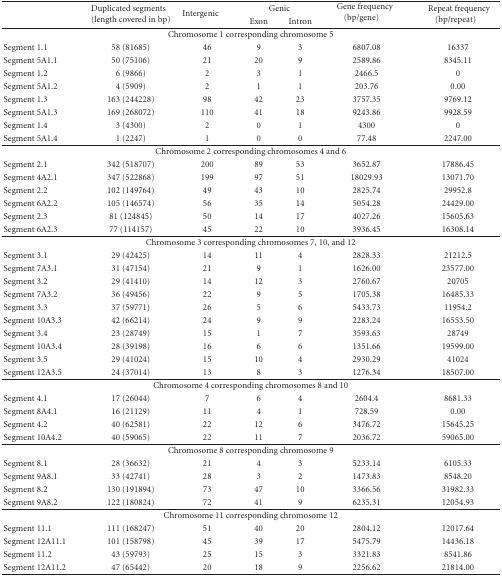
<table><thead><tr><td rowspan="2"><b> </b></td><td rowspan="2"><b>Duplicated segments (length covered in bp)</b></td><td rowspan="2"><b>Intergenic</b></td><td colspan="2"><b>Genic</b></td><td rowspan="2"><b>Gene frequency (bp/gene)</b></td><td rowspan="2"><b>Repeat frequency (bp/repeat)</b></td></tr><tr><td><b>Exon</b></td><td><b>Intron</b></td></tr></thead><tbody><tr><td colspan="7">Chromosome 1 corresponding chromosome 5</td></tr><tr><td>Segment 1.1</td><td>58 (81685)</td><td>46</td><td>9</td><td>3</td><td>6807.08</td><td>16337</td></tr><tr><td>Segment 5A1.1</td><td>50 (75106)</td><td>21</td><td>20</td><td>9</td><td>2589.86</td><td>8345.11</td></tr><tr><td>Segment 1.2</td><td>6 (9866)</td><td>2</td><td>3</td><td>1</td><td>2466.5</td><td>0</td></tr><tr><td>Segment 5A1.2</td><td>4 (5909)</td><td>2</td><td>1</td><td>1</td><td>203.76</td><td>0.00</td></tr><tr><td>Segment 1.3</td><td>163 (244228)</td><td>98</td><td>42</td><td>23</td><td>3757.35</td><td>9769.12</td></tr><tr><td>Segment 5A1.3</td><td>169 (268072)</td><td>110</td><td>41</td><td>18</td><td>9243.86</td><td>9928.59</td></tr><tr><td>Segment 1.4</td><td>3 (4300)</td><td>2</td><td>0</td><td>1</td><td>4300</td><td>0</td></tr><tr><td>Segment 5A1.4</td><td>1 (2247)</td><td>1</td><td>0</td><td>0</td><td>77.48</td><td>2247.00</td></tr><tr><td colspan="7">Chromosome 2 corresponding chromosomes 4 and 6</td></tr><tr><td>Segment 2.1</td><td>342 (518707)</td><td>200</td><td>89</td><td>53</td><td>3652.87</td><td>17886.45</td></tr><tr><td>Segment 4A2.1</td><td>347 (522868)</td><td>199</td><td>97</td><td>51</td><td>18029.93</td><td>13071.70</td></tr><tr><td>Segment 2.2</td><td>102 (149764)</td><td>49</td><td>43</td><td>10</td><td>2825.74</td><td>29952.8</td></tr><tr><td>Segment 6A2.2</td><td>105 (146574)</td><td>56</td><td>35</td><td>14</td><td>5054.28</td><td>24429.00</td></tr><tr><td>Segment 2.3</td><td>81 (124845)</td><td>50</td><td>14</td><td>17</td><td>4027.26</td><td>15605.63</td></tr><tr><td>Segment 6A2.3</td><td>77 (114157)</td><td>45</td><td>22</td><td>10</td><td>3936.45</td><td>16308.14</td></tr><tr><td colspan="7">Chromosome 3 corresponding chromosomes 7, 10, and 12</td></tr><tr><td>Segment 3.1</td><td>29 (42425)</td><td>14</td><td>11</td><td>4</td><td>2828.33</td><td>21212.5</td></tr><tr><td>Segment 7A3.1</td><td>31 (47154)</td><td>21</td><td>9</td><td>1</td><td>1626.00</td><td>23577.00</td></tr><tr><td>Segment 3.2</td><td>29 (41410)</td><td>14</td><td>12</td><td>3</td><td>2760.67</td><td>20705</td></tr><tr><td>Segment 7A3.2</td><td>36 (49456)</td><td>22</td><td>9</td><td>5</td><td>1705.38</td><td>16485.33</td></tr><tr><td>Segment 3.3</td><td>37 (59771)</td><td>26</td><td>5</td><td>6</td><td>5433.73</td><td>11954.2</td></tr><tr><td>Segment 10A3.3</td><td>42 (66214)</td><td>24</td><td>9</td><td>9</td><td>2283.24</td><td>16553.50</td></tr><tr><td>Segment 3.4</td><td>23 (28749)</td><td>15</td><td>1</td><td>7</td><td>3593.63</td><td>28749</td></tr><tr><td>Segment 10A3.4</td><td>28 (39198)</td><td>16</td><td>6</td><td>6</td><td>1351.66</td><td>19599.00</td></tr><tr><td>Segment 3.5</td><td>29 (41024)</td><td>15</td><td>10</td><td>4</td><td>2930.29</td><td>41024</td></tr><tr><td>Segment 12A3.5</td><td>24 (37014)</td><td>13</td><td>8</td><td>3</td><td>1276.34</td><td>18507.00</td></tr><tr><td colspan="7">Chromosome 4 corresponding chromosomes 8 and 10</td></tr><tr><td>Segment 4.1</td><td>17 (26044)</td><td>7</td><td>6</td><td>4</td><td>2604.4</td><td>8681.33</td></tr><tr><td>Segment 8A4.1</td><td>16 (21129)</td><td>11</td><td>4</td><td>1</td><td>728.59</td><td>0.00</td></tr><tr><td>Segment 4.2</td><td>40 (62581)</td><td>22</td><td>12</td><td>6</td><td>3476.72</td><td>15645.25</td></tr><tr><td>Segment 10A4.2</td><td>40 (59065)</td><td>22</td><td>11</td><td>7</td><td>2036.72</td><td>59065.00</td></tr><tr><td colspan="7">Chromosome 8 corresponding chromosome 9</td></tr><tr><td>Segment 8.1</td><td>28 (36632)</td><td>21</td><td>4</td><td>3</td><td>5233.14</td><td>6105.33</td></tr><tr><td>Segment 9A8.1</td><td>33 (42741)</td><td>28</td><td>3</td><td>2</td><td>1473.83</td><td>8548.20</td></tr><tr><td>Segment 8.2</td><td>130 (191894)</td><td>73</td><td>47</td><td>10</td><td>3366.56</td><td>31982.33</td></tr><tr><td>Segment 9A8.2</td><td>122 (180824)</td><td>72</td><td>41</td><td>9</td><td>6235.31</td><td>12054.93</td></tr><tr><td colspan="7">Chromosome 11 corresponding chromosome 12</td></tr><tr><td>Segment 11.1</td><td>111 (168247)</td><td>51</td><td>40</td><td>20</td><td>2804.12</td><td>12017.64</td></tr><tr><td>Segment 12A11.1</td><td>101 (158798)</td><td>45</td><td>39</td><td>17</td><td>5475.79</td><td>14436.18</td></tr><tr><td>Segment 11.2</td><td>43 (59793)</td><td>25</td><td>15</td><td>3</td><td>3321.83</td><td>8541.86</td></tr><tr><td>Segment 12A11.2</td><td>47 (65442)</td><td>20</td><td>18</td><td>9</td><td>2256.62</td><td>21814.00</td></tr></tbody></table>